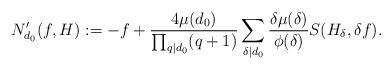
LaTeX: \begin{align*}N_{d_0}'(f,H):=-f+\frac{4\mu(d_0)}{\prod_{q\mid d_0}(q+1)}\sum_{\delta\mid d_0}\frac{\delta\mu(\delta)}{\phi(\delta)}S(H_\delta,\delta f) .\end{align*}